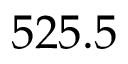
5 2 5 . 5